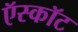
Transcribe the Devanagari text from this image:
ऍस्कॉट